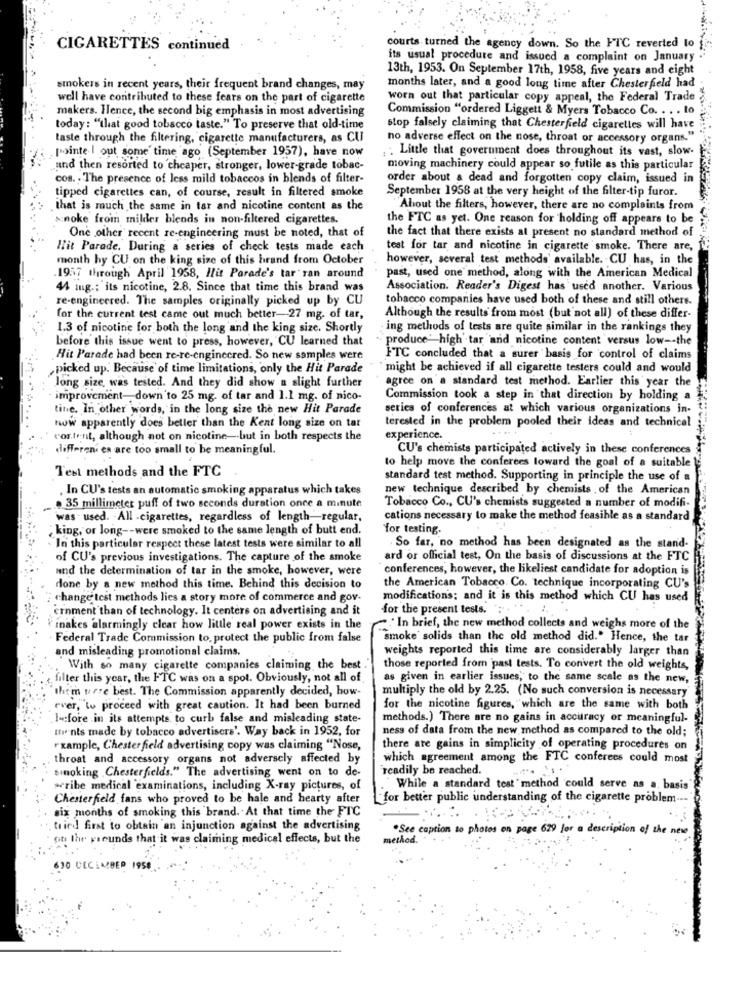
CIGARETTES continued
courts turned the agency down. So the FTC reverted lo
its usual procedure and issued a complaint on January
13th, 1953. On September 17th, 1958, five years and eight
smokers in recent years, their frequent brand changes, may
months later, and a good long time after Chesterfield had
well have contributed to these fears on the part of cigarette
worn out that particular copy appeal, the Federal Trade
makers. Ilence, the second big emphasis in most advertising
Commission "ordered Liggett & Myers Tobacco Co. . . . to
today: "that good tobacco taste." To preserve that old-time
stop falsely claiming that Chesterfield cigarettes will have
taste through the filtering, cigarette manufacturers, as CU
no adverse effect on the nose, throat or accessory organs."
pointe I out some time ago (September 1957), have now
. Little that government does throughout its vast, slow-
and then resorted to cheaper, stronger, lower-grade tobac-
moving machinery could appear so futile as this particular
cos. , The presence of less mild tobaccos in blends of filter-
order about a dead and forgotten copy claim, issued in
tipped cigarettes can, of course, result in filtered smoke
September 1958 at the very height of the filter-tip furor.
that is much the same in tar and nicotine content as the
About the filters, however, there are no complaints from
snoke from milder blends in non-filtered cigarettes.
the FTC as yet. One reason for holding off appears to be
the fact that there exists at present no standard method of
One other recent re-engineering must be noted, that of
Hit Parade. During a series of check tests made each
test for tar and nicotine in cigarette smoke. There are, 12
month by CU on the king size of this hrand from October
however, several test methods' available. CU has, in the
1957 through April 1958, Hit Parade's tar ran around
past, used one method, along with the American Medical
44 Ing .; its nicotine, 2.8. Since that time this brand was
Association. Reader's Digest has used another. Various
re-engineered. The samples originally picked up by CU
tobacco companies have used both of these and still others.
for the current test came out much better -- 27 mg. of tar,
Although the results from most (but not all) of these differ-
1.3 of nicotine for both the long and the king size. Shortly
ing methods of tests are quite similar in the rankings they
before this issue went to press, however, CU learned that
produce' high' tar and nicotine content versus low -- the
Hit Parade had been re-re-engineered. So new samples were
ITC concluded that a surer basis for control of claims
picked up. Because of time limitations, only the Hit Parade
"might be achieved if all cigarette testers could and would
agree on a standard test method. Earlier this year the
long size, was tested. And they did show a slight further
improvement- down to 25 mg. of tar and 1.1 mg. of nico-
Commission took a step in that direction by holding a
tine. In other words, in the long size the new Hit Parade
series of conferences at which various organizations in-
www apparently does better than the Kent long size on tar
terested in the problem pooled their ideas and technical
cor.tent, although not on nicotine -- but in both respects the
experience.
differen' es are too small to be meaningful.
CU's chemists participated actively in these conferences
to help move the conferees loward the goal of a suitable
Test methods and the FTC
standard test method. Supporting in principle the use of a
. In CU's tests an automatic smoking apparatus which takes
new technique described by chemists , of the American
.. .. 35 millimeter puff of two seconds duration once a minute
Tobacco Co ., CU's chemists suggested a number of modifi.
was used. . All -cigarettes, regardless of length-regular.
cations necessary to make the method feasible as a standard
king, or long -- were smoked to the same length of butt end.
for testing.
- In this particular respect these latest tests were similar to all
. So far, no method has been designated as the stand-
of CU's previous investigations. The capture of the smoke
ard or official test, On the basis of discussions at the FTC
and the determination of tar in the smoke, however, were
conferences, however, the likeliest candidate for adoption is
done by a new method this time. Behind this decision to
the American Tobacco. Co. technique incorporating CU's
change test methods lies a story more of commerce and gov-
modifications; and it is this method which CU has used
ernment than of technology. It centers on advertising and it
for the present tests. :
....
kinakes alarmingly clear how little real power exists in the
" In brief, the new method collects and weighs more of the
Federal Trade Commission to, protect the public from false
smoke solids than the old method did." Hence, the tar
and misleading promotional claims.
weights reported this time are considerably larger than
With so many cigarette companies claiming the best
those reported from past tests. To convert the old weights,
filter this year, the FTC was on a spot. Obviously, not all of
as given in earlier issues; to the same scale as the new,
"them were best. The Commission apparently decided, how-
multiply the old by 2.25. (No such conversion is necessary
ever, to proceed with great caution. It had been burned
for the nicotine figures, which are the same with both
I-cfore in its attempts to curb false and misleading state-
methods.) There are no gains in accuracy or meaningful-
Itwents made by tobacco advertisers'. Way back in 1952, for
ness of data from the new method as compared to the old;
rxample, Chesterfield advertising copy was claiming "Nose,
there are gains in simplicity of operating procedures on
throat and accessory organs not adversely affected by
which agreement among the FTC conferees could most
smoking .Chesterfield's." The advertising went on to de-
readily be reached.
*ribe medical examinations, including X-ray pictures, of
.'While a standard test method could serve as a basis"
Chesterfield fans who proved to be hale and hearty after
for better public understanding of the cigarette problem ---
six months of smoking this brand. At that time the FTC
. tried first to obtain an injunction against the advertising
.See caption to photos on page 629 for a description of the new
on the recunds that it was claiming medical effects, but the
method.
630 DECEMBER 195